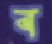
ব